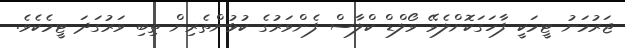
ޖަރުމަނު ޓީމަކީ ފާހަގަކޮށްލެވޭ ވޯލްޑް ކްލާސް ފެންވަރުގެ ކުޅުންތެރިން ތިބި ވަރުގަދަ ޓީމެކެވެ.